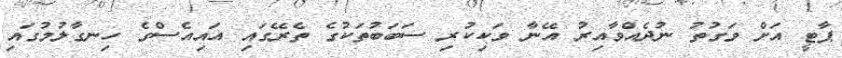
ޕާޓީ އަށް ވަގުތު ނުދެއްވާއިރު އޭނާ ވަކިކުރި ސަބަބުތަކުގެ ތެރޭގައި އައިއެސްގެ ހިނގާލުމުގައި